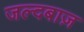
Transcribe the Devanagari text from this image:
जल्दबाज़